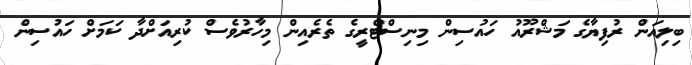
ބިލިއަން ރުފިޔާގެ މަޝްރޫއު ހައުސިން މިނިސްޓްރީގެ ތެރެއިން މިހާރުވެސް ކުރިއަށްދާ ކަމަށް ހައުސިން